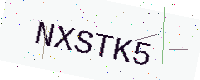
Text: NXSTK5